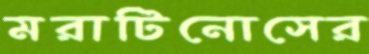
মরাটিনোসের